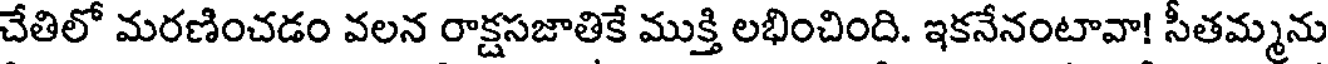
చేతిలో మరణించడం వలన రాక్షసజాతికే ముక్తి లభించింది. ఇకనేనంటావా! సీతమ్మను